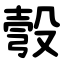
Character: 彀